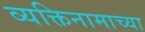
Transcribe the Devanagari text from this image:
व्यक्तिनामाच्या